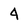
Character: 4